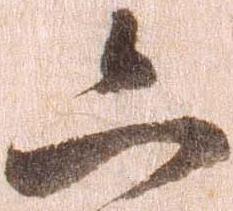
六